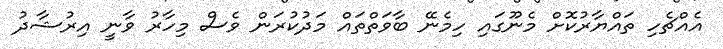
އެއްޗެހި ތައްޔާރުކޮށް މެނޫގައި ހިމެނޭ ބާވަތްތައް މަދުކުރަން ވެސް މިހާރު ވާނީ އިރުޝާދު